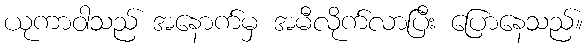
ယုကာဝါသည် အနောက်မှ အမီလိုက်လာပြီး ပြောနေသည်။